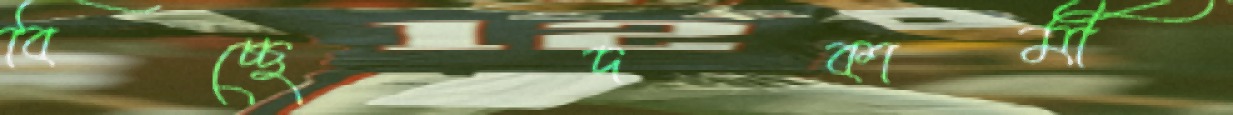
বিচ্ছেদকামী